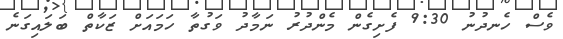
ވެސް ހެނދުނު 9:30 ފެށިގެން މެންދުރު ނަމާދު ވަގުތާ ހަމައަށް ޒަކާތް ބަލައިގަނެ